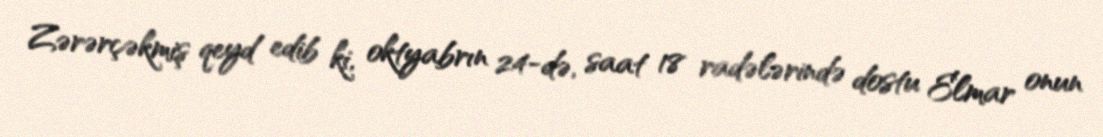
Zərərçəkmiş qeyd edib ki, oktyabrın 24-də, saat 18 radələrində dostu Elmar onun